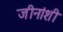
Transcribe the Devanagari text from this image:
जीनांशी